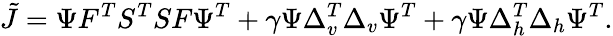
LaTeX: \tilde{J}=\Psi F^{T}S^{T}SF\Psi^{T}+\gamma\Psi\Delta_{v}^{T}\Delta_{v}\Psi^{T}+\gamma\Psi\Delta_{h}^{T}\Delta_{h}\Psi^{T}.